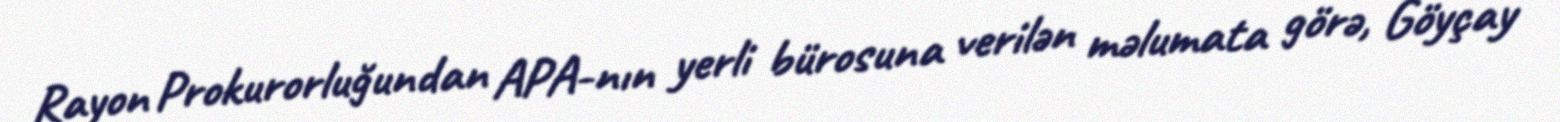
Rayon Prokurorluğundan APA-nın yerli bürosuna verilən məlumata görə, Göyçay